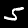
Label: 5